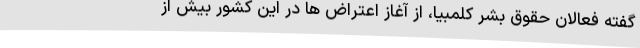
گفته‌ فعالان حقوق بشر کلمبیا، از آغاز اعتراض ها در این کشور بیش از